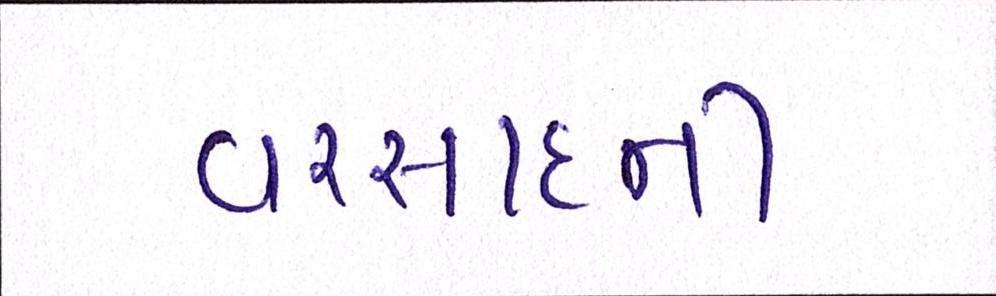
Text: વરસાદની